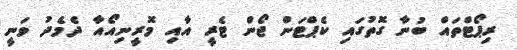
ރިޕޯޓްތައް ބުނާ ގޮތުގައި ކެޕްޓަން ޖޯން ޓެރީ އާއި މޮރީނިއޯއާ ދެމެދު ވަނީ